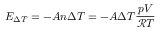
E _ { \Delta T } = - A n \Delta T = - A \Delta T { \frac { p V } { \mathcal { R } T } }